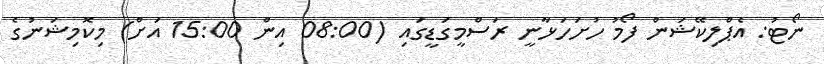
ނޯޓު: އެޕްލިކޭޝަން ފޯމު ހުށަހަޅާނީ ރަސްމީގަޑީގައި (08:00 އިން 15:00 އަށް) މިކޮމިޝަނުގެ